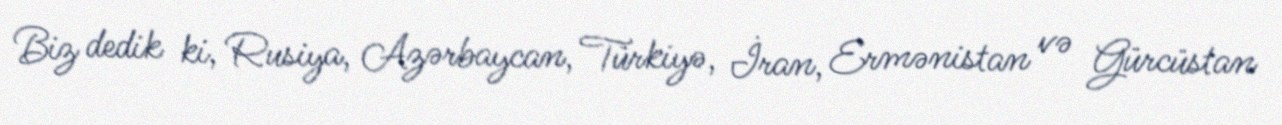
Biz dedik ki, Rusiya, Azərbaycan, Türkiyə, İran, Ermənistan və Gürcüstan